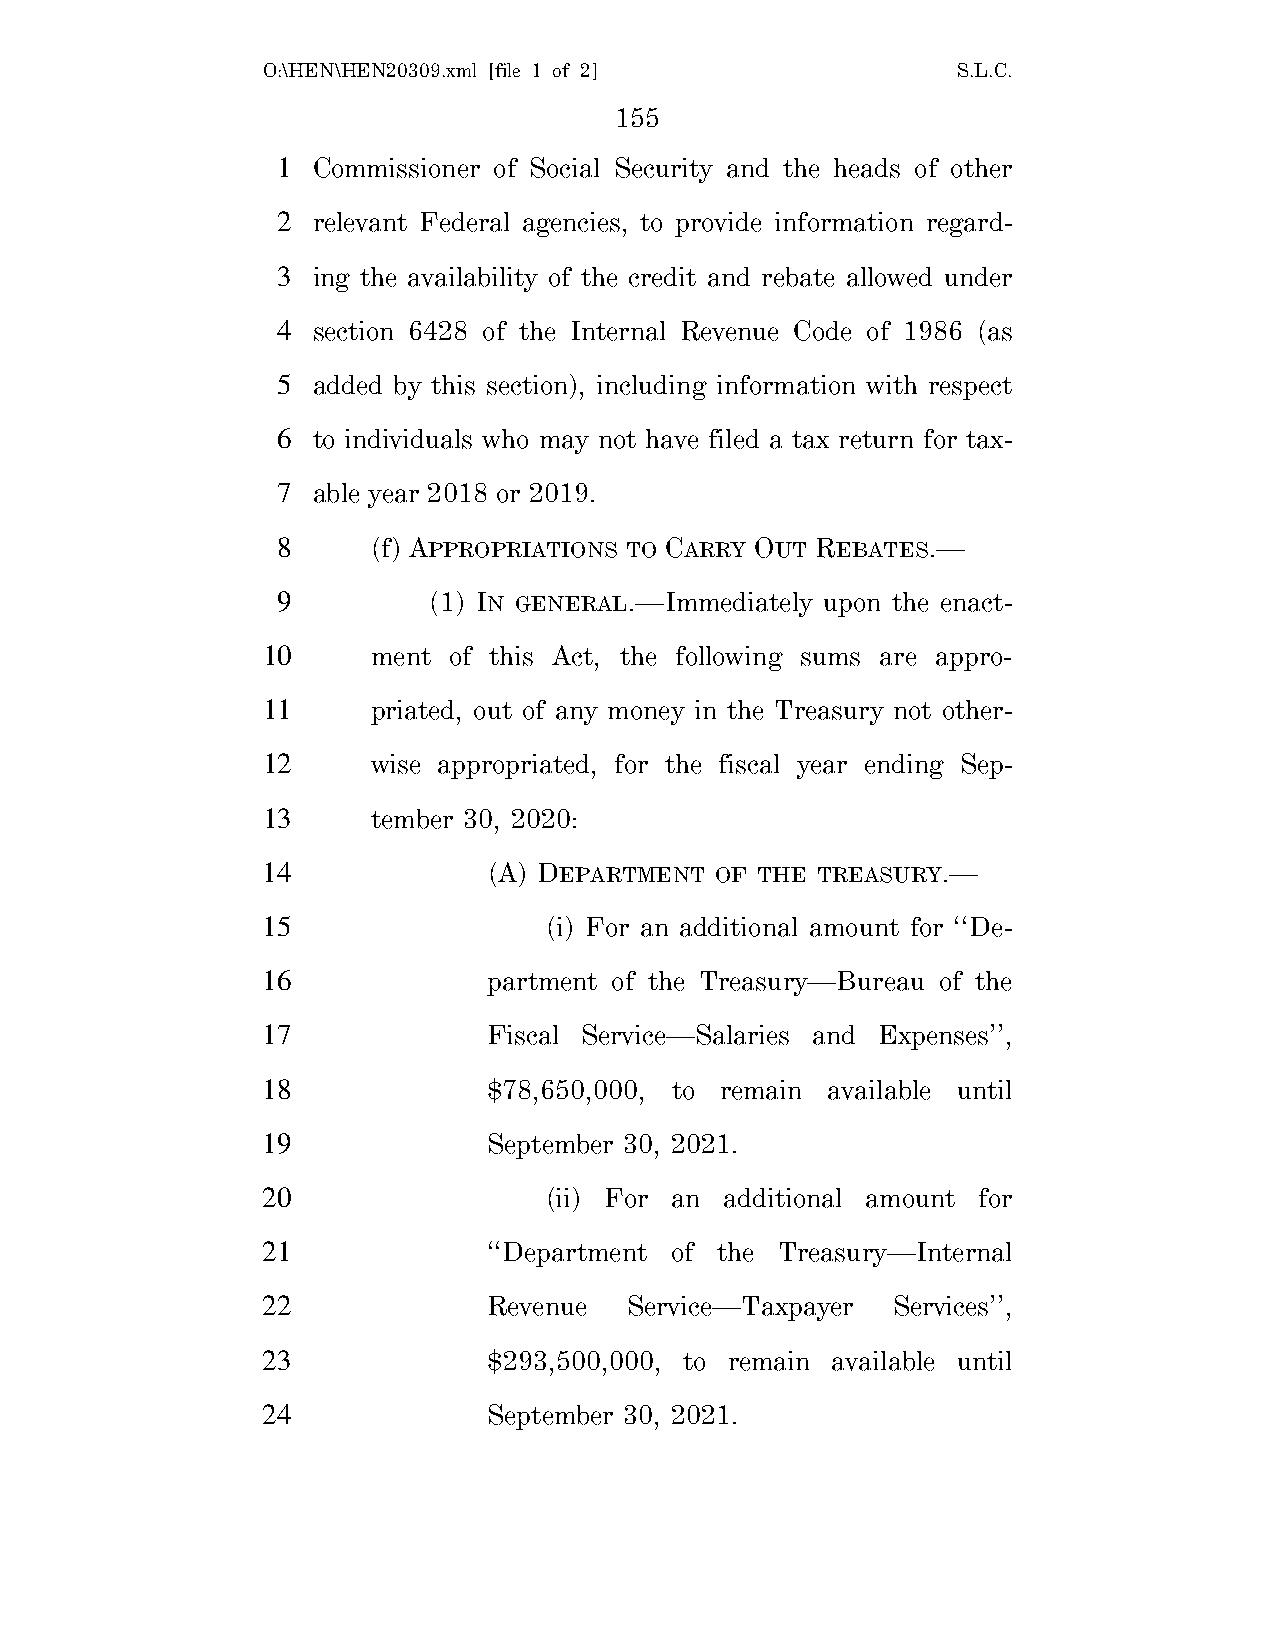
O:\HEN\HEN20309.xml [file 1 of 2]             S.L.C.
 155
 1  Commissioner of Social Security and the heads of other
 2  relevant Federal agencies, to provide information regard-
 3  ing the availability of the credit and rebate allowed under
 4  section 6428 of the Internal Revenue Code of 1986 (as
 5  added by this section), including information with respect
 6  to individuals who may not have filed a tax return for tax-
 7  able year 2018 or 2019.
 8      (f) APPROPRIATIONS TO CARRY OUT REBATES.—
 9         (1) IN GENERAL.—Immediately upon the enact-
 10      ment of this Act, the following sums are appro-
 11      priated, out of any money in the Treasury not other-
 12      wise appropriated, for the fiscal year ending Sep-
 13      tember 30, 2020:
 14             (A) DEPARTMENT OF THE TREASURY.—
 15                 (i) For an additional amount for ‘‘De-
 16             partment of the Treasury—Bureau of the
 17             Fiscal Service—Salaries and Expenses’’,
 18             $78,650,000, to remain available until
 19             September 30, 2021.
 20                 (ii) For an additional amount for
 21             ‘‘Department of the Treasury—Internal
 22             Revenue   Service—Taxpayer Services’’,
 23             $293,500,000, to remain available until
 24             September 30, 2021.